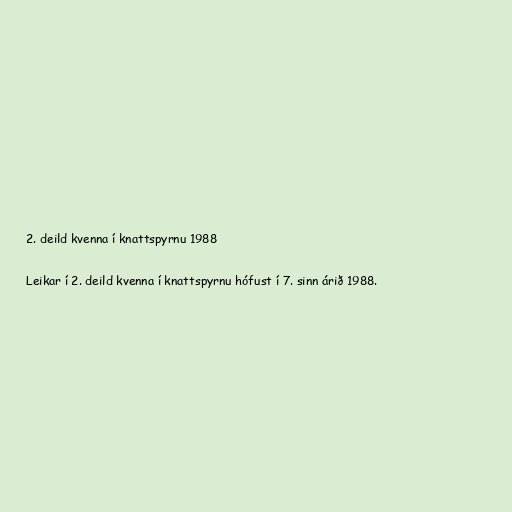
2. deild kvenna í knattspyrnu 1988

Leikar í 2. deild kvenna í knattspyrnu hófust í 7. sinn árið 1988.